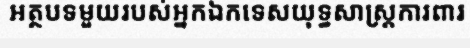
អត្ថបទមួយរបស់អ្នកឯកទេសយុទ្ធសាស្ត្រការពារ